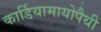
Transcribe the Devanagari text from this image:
कार्डियामायोपैथी